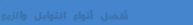
أفضل أنواع التوابل والزيو